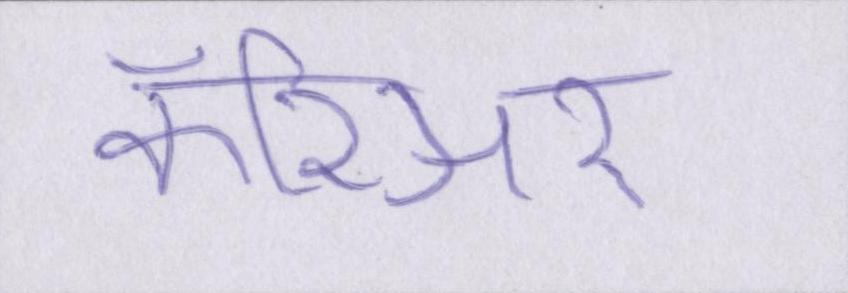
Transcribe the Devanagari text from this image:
कॅरिअर